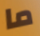
ما